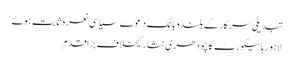
تبدیلی سرکارکے بلندوبانگ دعوے سیاسی نعرہ ثابت ہوئے
لاہورہائیکورٹ کا چودھری نثار کیخلاف بڑاقدم